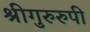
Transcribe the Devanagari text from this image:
श्रीगुरुरुपी